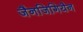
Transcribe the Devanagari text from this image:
जैनजिगियैन